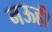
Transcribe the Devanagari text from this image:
नऊही